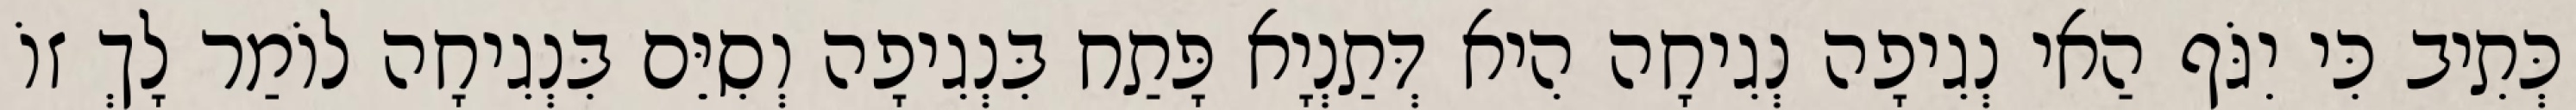
כְּתִיב כִּי יִגֹּף הַאי נְגִיפָה נְגִיחָה הִיא דְּתַנְיָא פָּתַח בִּנְגִיפָה וְסִיֵּם בִּנְגִיחָה לוֹמַר לָךְ זוֹ